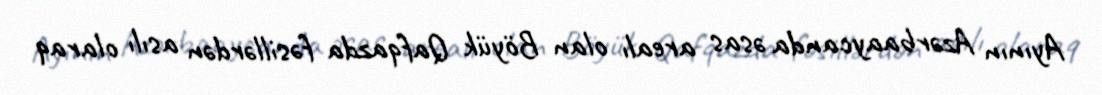
Ayının Azərbaaycanda əsas arealı olan Böyük Qafqazda fəsillərdən asılı olaraq